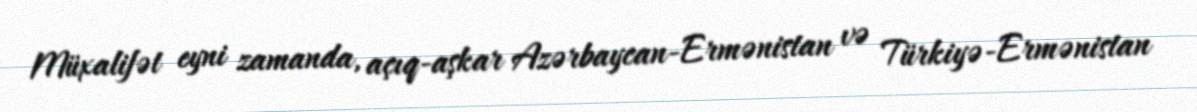
Müxalifət eyni zamanda, açıq-aşkar Azərbaycan-Ermənistan və Türkiyə-Ermənistan